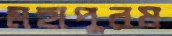
মহাপুরষ